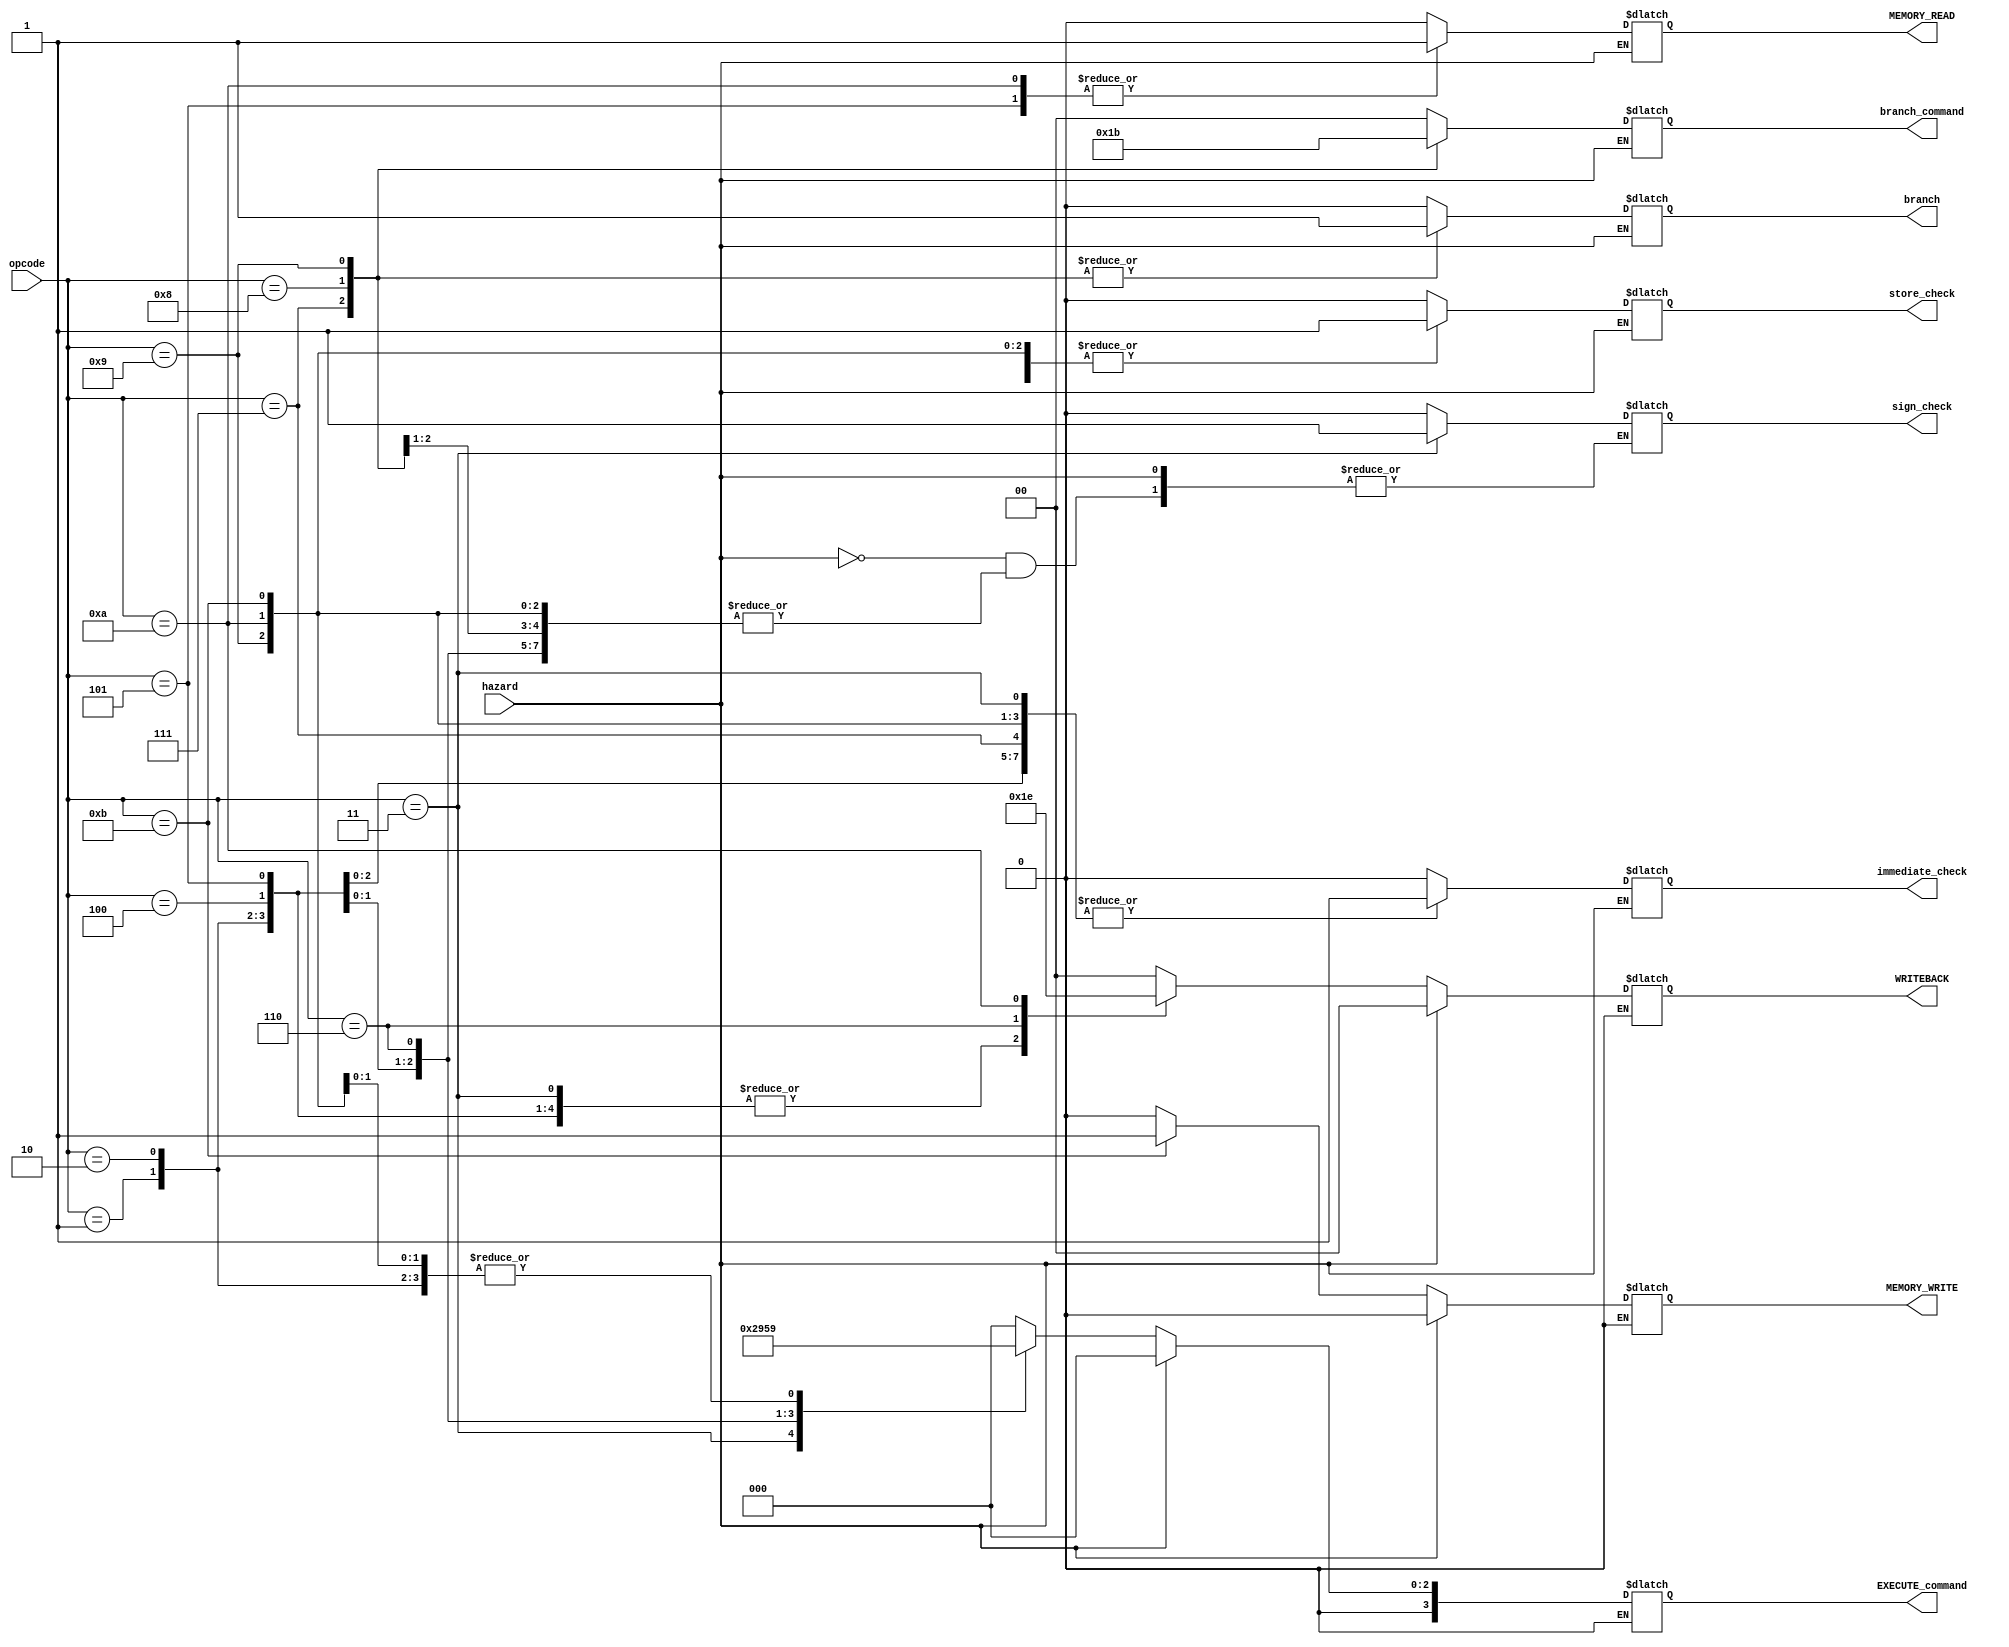
module control_unit (opcode, branch, EXECUTE_command, branch_command, immediate_check, store_check, sign_check, WRITEBACK, MEMORY_READ, MEMORY_WRITE, hazard);
    input [5:0] opcode;
    input hazard;
    output reg branch;
    output reg [3:0] EXECUTE_command;
    output reg [1:0] branch_command, WRITEBACK;
    output reg immediate_check, store_check, sign_check, MEMORY_READ, MEMORY_WRITE;

    always @(*) begin
        if (hazard == 0) begin
            {branch, EXECUTE_command, branch_command, immediate_check, store_check, WRITEBACK, MEMORY_READ, MEMORY_WRITE} <= 0;

            case (opcode)

            6'b000001: begin //ADDU
                EXECUTE_command <= 4'b0001;
                WRITEBACK <= 2'b01;
            end
            6'b000010: begin //ADDI
                EXECUTE_command <= 4'b0001;
                WRITEBACK <= 2'b01;
                immediate_check <= 1;
            end
            6'b000011: begin //SUBIU
                EXECUTE_command <= 4'b0010;
                WRITEBACK <= 2'b01;
                immediate_check <= 1;
                sign_check <= 1;
            end
            6'b000100: begin //SLTI
                EXECUTE_command <= 4'b0100;
                WRITEBACK <= 2'b01;
                immediate_check <= 1;
            end
            6'b000101: begin //LUI
                EXECUTE_command <= 4'b0101;
                WRITEBACK <= 2'b01;
                immediate_check <= 1;
                MEMORY_READ <= 1;
                store_check <= 1;
            end
            6'b000110: begin //DIV
                EXECUTE_command <= 4'b0011;
                WRITEBACK <= 2'b11;
                store_check <= 1;
            end
            6'b000111: begin //J
                EXECUTE_command <= 4'b0000;
                immediate_check <= 1;
                branch <= 1;
                branch_command <= 2'b01;
            end
            6'b001000: begin //JR
                EXECUTE_command <= 4'b0000;
                branch <= 1;
                branch_command <= 2'b10;
            end
            6'b001001: begin //BEQ
                EXECUTE_command <= 4'b0000;
                immediate_check <= 1;
                branch <= 1;
                branch_command <= 2'b11;
                store_check <= 1;
            end
            6'b001010: begin //LL
                EXECUTE_command <= 4'b0001;
                WRITEBACK <= 2'b10;
                immediate_check <= 1;
                MEMORY_READ <= 1;
                store_check <= 1;
            end
            6'b001011: begin //SC
                EXECUTE_command <= 4'b0001;
                immediate_check <= 1;
                MEMORY_WRITE <= 1;
                store_check <= 1;
            end
            default: {branch, EXECUTE_command, branch_command, immediate_check, store_check, sign_check, WRITEBACK, MEMORY_READ, MEMORY_WRITE} <= 0;
            endcase
        end

        else if (hazard == 1) begin
            {EXECUTE_command, WRITEBACK, MEMORY_WRITE} <=0;
        end
    end
endmodule